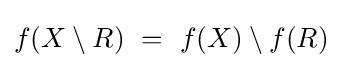
f(X\setminus R)~=~f(X)\setminus f(R)